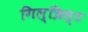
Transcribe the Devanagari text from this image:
गिल्च्रिस्ट